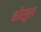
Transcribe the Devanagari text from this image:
कोंसुल